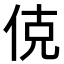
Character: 𬾅